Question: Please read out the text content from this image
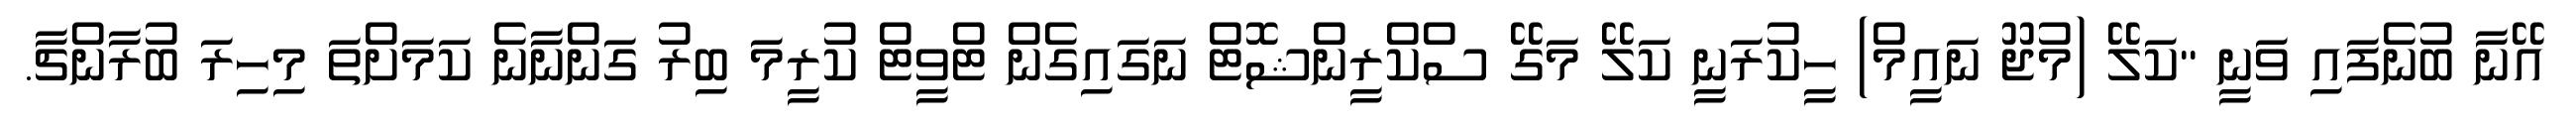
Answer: އޭނާ ބުނެފައި ވަނީ "ކަލޭ (މުޖޫ ނައީމް) ހީކުރަނީ ކަލޭ މަގޭ ސްކްރީންޝޮޓް ނަގައިގެން ޓްވީޓް ކުރީމަ ބިރު ގަންނާނެ ކަމަށްތަ މިހިރަ ބުރާންޗާ.